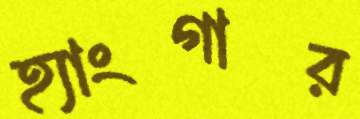
হ্যাংগার